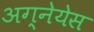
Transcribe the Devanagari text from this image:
अग्नेयेस